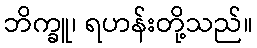
ဘိက္ခူ၊ ရဟန်းတို့သည်။